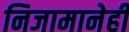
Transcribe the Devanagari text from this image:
निजामानेही